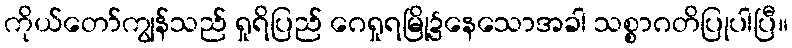
ကိုယ်တော်ကျွန်သည် ရှုရိပြည် ဂေရှုရမြို့၌နေသောအခါ သစ္စာဂတိပြုပါပြီ။